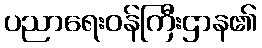
ပညာရေးဝန်ကြီးဌာန၏